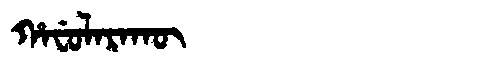
Manchu: ᡥᠠᠸᡠᠯᠠᡵᠠᡴᡡ
Romanization: HAFULARAKŪ